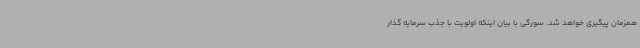
همزمان پیگیری خواهد شد. سورگی با بیان اینکه اولویت با جذب سرمایه گذار